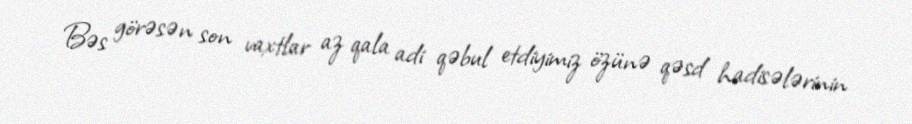
Bəs görəsən son vaxtlar az qala adi qəbul etdiyimiz özünə qəsd hadisələrinin